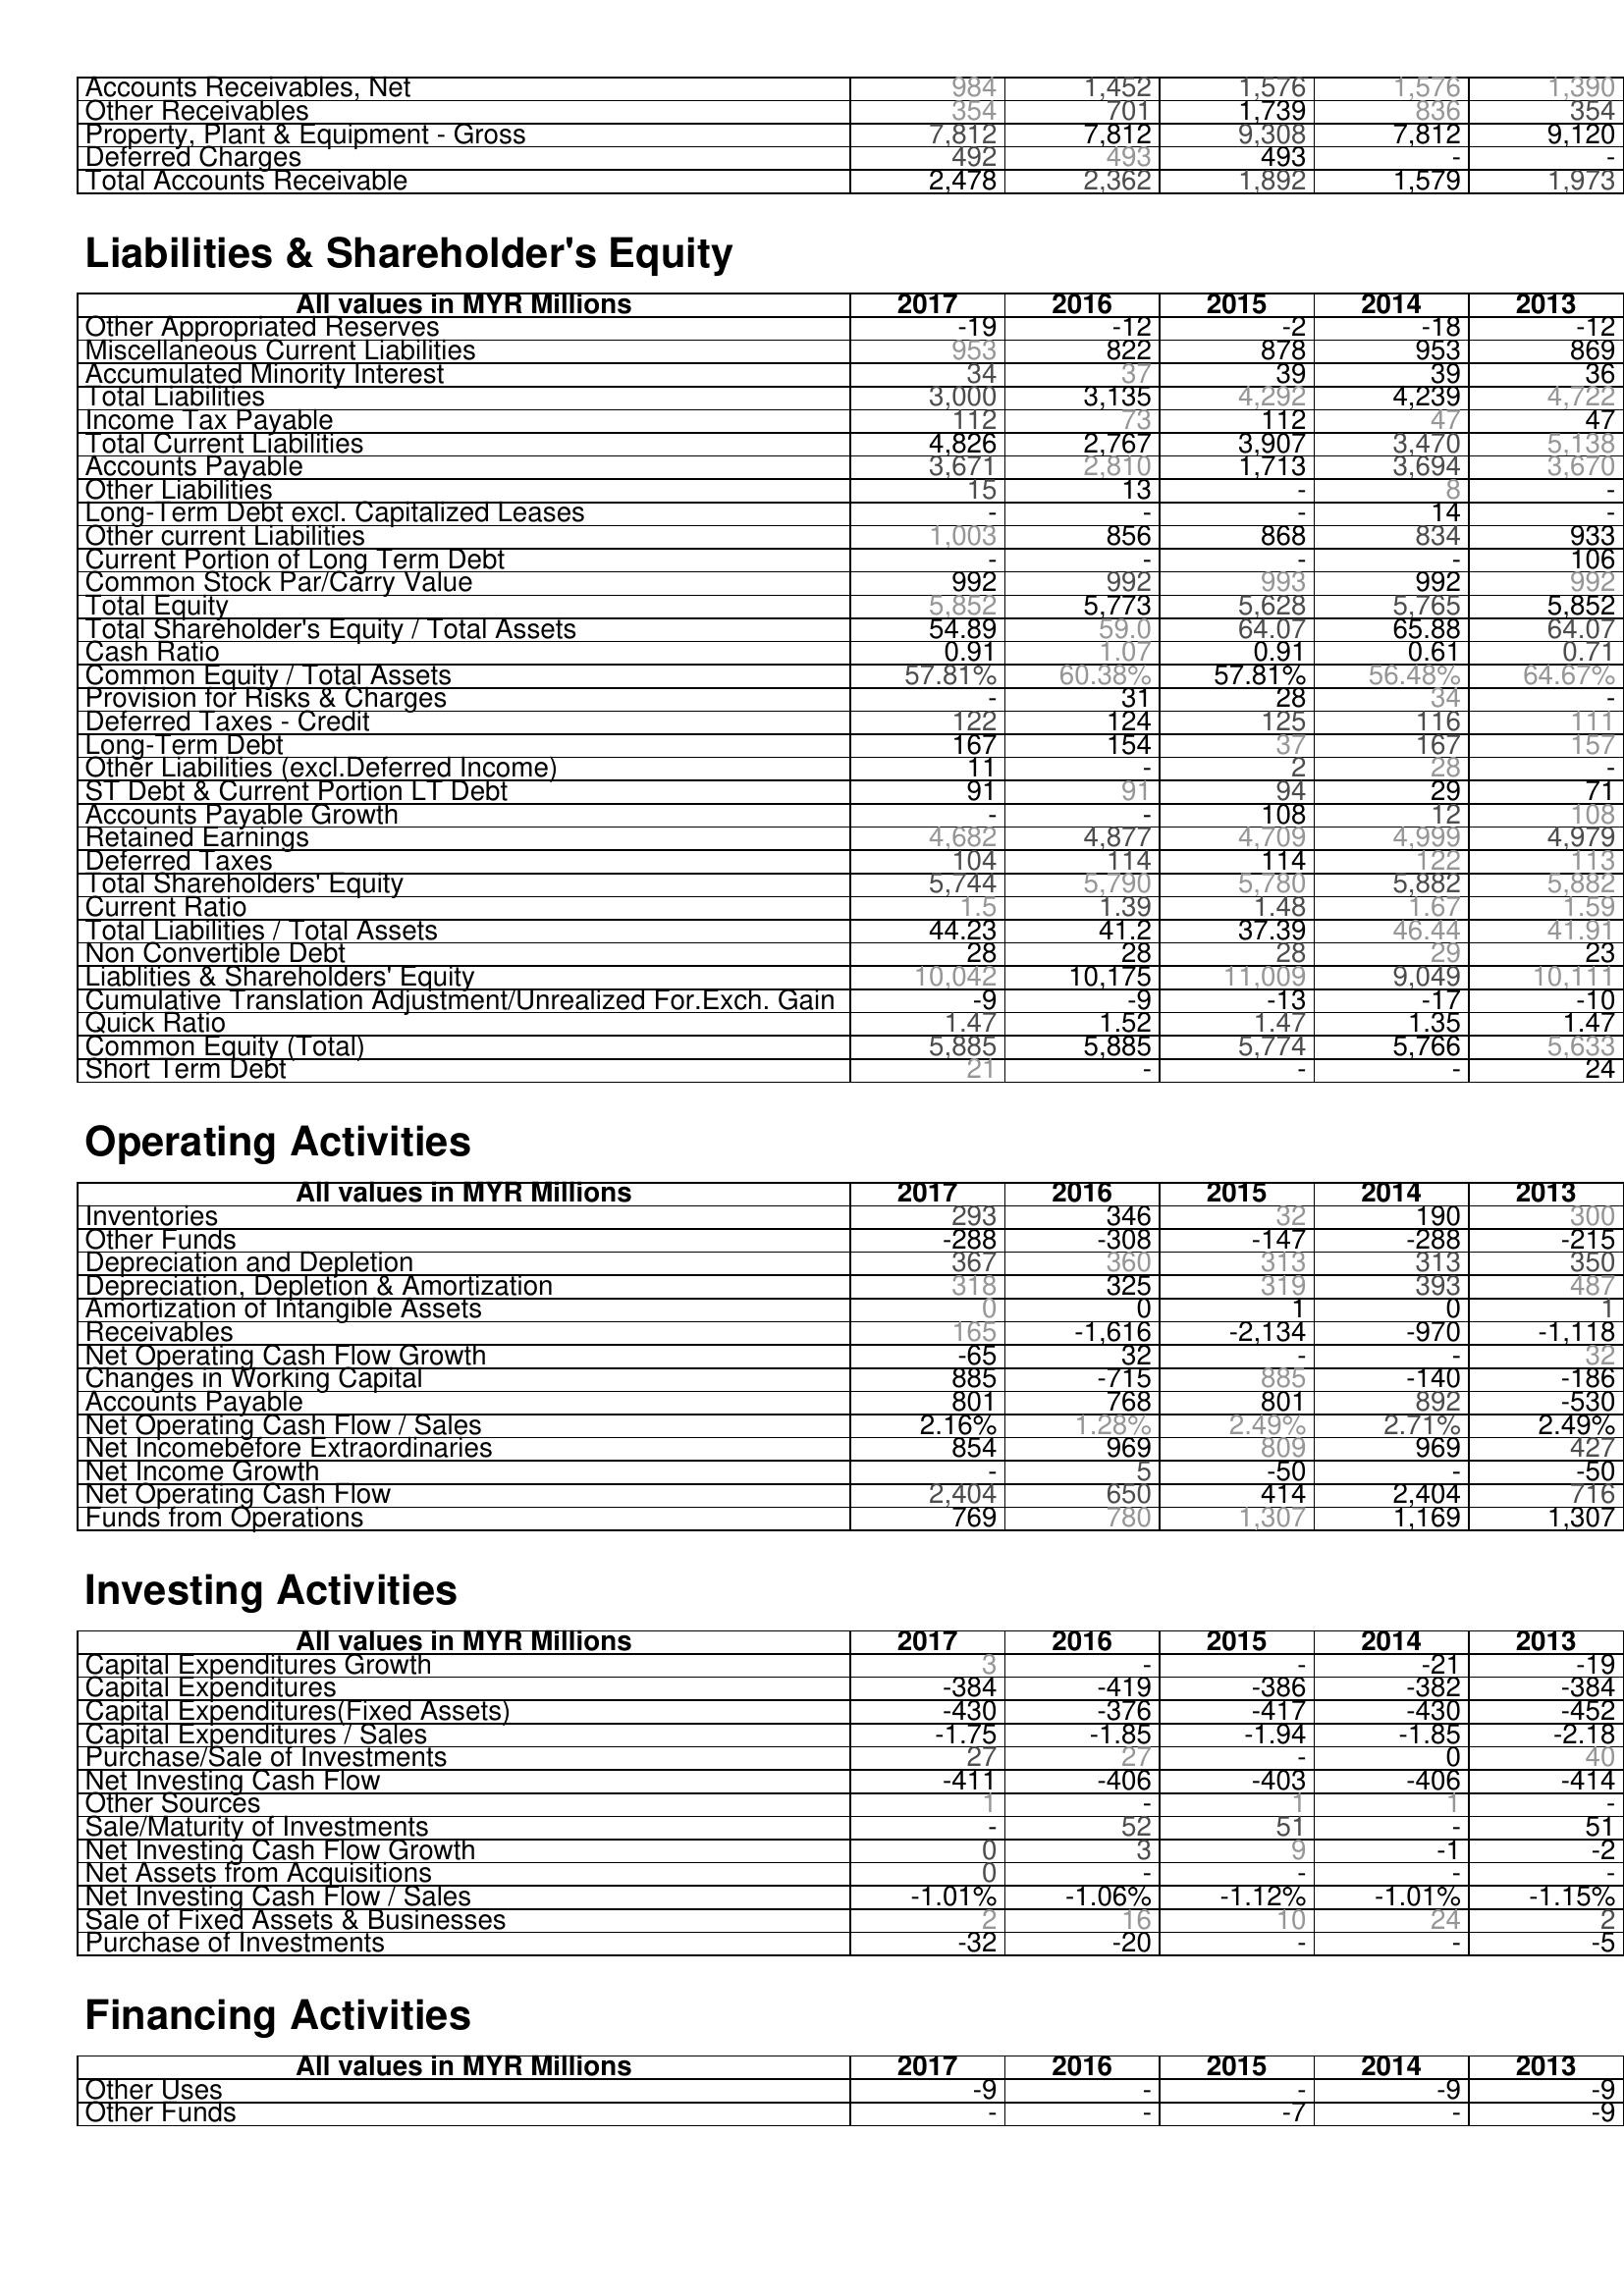
2017: Assets: Accounts Receivables, Net: 984
Other Receivables: 354
Property, Plant & Equipment - Gross : 7,812
Deferred Charges: 492
Total Accounts Receivable: 2,478
Liabilities & Shareholder's Equity: Other Appropriated Reserves: -19
Miscellaneous Current Liabilities: 953
Accumulated Minority Interest: 34
Total Liabilities: 3,000
Income Tax Payable: 112
Total Current Liabilities: 4,826
Accounts Payable: 3,671
Other Liabilities: 15
Long-Term Debt excl. Capitalized Leases: -
Other current Liabilities: 1,003
Current Portion of Long Term Debt: -
Common Stock Par/Carry Value: 992
Total Equity: 5,852
Total Shareholder's Equity / Total Assets: 54.89
Cash Ratio: 0.91
Common Equity / Total Assets: 57.81%
Provision for Risks & Charges: -
Deferred Taxes - Credit: 122
Long-Term Debt: 167
Other Liabilities (excl.Deferred Income): 11
ST Debt & Current Portion LT Debt: 91
Accounts Payable Growth: -
Retained Earnings: 4,682
Deferred Taxes: 104
Total Shareholders' Equity: 5,744
Current Ratio: 1.5
Total Liabilities / Total Assets: 44.23
Non Convertible Debt: 28
Liablities & Shareholders' Equity: 10,042
Cumulative Translation Adjustment/Unrealized For.Exch. Gain: -9
Quick Ratio: 1.47
Common Equity (Total): 5,885
Short Term Debt: 21
Operating Activities: Inventories: 293
Other Funds: -288
Depreciation and Depletion: 367
Depreciation, Depletion & Amortization: 318
Amortization of Intangible Assets: 0
Receivables: 165
Net Operating Cash Flow Growth: -65
Changes in Working Capital: 885
Accounts Payable: 801
Net Operating Cash Flow / Sales: 2.16%
Net Incomebefore Extraordinaries: 854
Net Income Growth: -
Net Operating Cash Flow: 2,404
Funds from Operations: 769
Investing Activities: Capital Expenditures Growth: 3
Capital Expenditures: -384
Capital Expenditures(Fixed Assets): -430
Capital Expenditures / Sales: -1.75
Purchase/Sale of Investments: 27
Net Investing Cash Flow: -411
Other Sources: 1
Sale/Maturity of Investments: -
Net Investing Cash Flow Growth: 0
Net Assets from Acquisitions: 0
Net Investing Cash Flow / Sales: -1.01%
Sale of Fixed Assets & Businesses: 2
Purchase of Investments: -32
Financing Activities: Other Uses: -9
Other Funds: -
2016: Assets: Accounts Receivables, Net: 1,452
Other Receivables: 701
Property, Plant & Equipment - Gross : 7,812
Deferred Charges: 493
Total Accounts Receivable: 2,362
Liabilities & Shareholder's Equity: Other Appropriated Reserves: -12
Miscellaneous Current Liabilities: 822
Accumulated Minority Interest: 37
Total Liabilities: 3,135
Income Tax Payable: 73
Total Current Liabilities: 2,767
Accounts Payable: 2,810
Other Liabilities: 13
Long-Term Debt excl. Capitalized Leases: -
Other current Liabilities: 856
Current Portion of Long Term Debt: -
Common Stock Par/Carry Value: 992
Total Equity: 5,773
Total Shareholder's Equity / Total Assets: 59.0
Cash Ratio: 1.07
Common Equity / Total Assets: 60.38%
Provision for Risks & Charges: 31
Deferred Taxes - Credit: 124
Long-Term Debt: 154
Other Liabilities (excl.Deferred Income): -
ST Debt & Current Portion LT Debt: 91
Accounts Payable Growth: -
Retained Earnings: 4,877
Deferred Taxes: 114
Total Shareholders' Equity: 5,790
Current Ratio: 1.39
Total Liabilities / Total Assets: 41.2
Non Convertible Debt: 28
Liablities & Shareholders' Equity: 10,175
Cumulative Translation Adjustment/Unrealized For.Exch. Gain: -9
Quick Ratio: 1.52
Common Equity (Total): 5,885
Short Term Debt: -
Operating Activities: Inventories: 346
Other Funds: -308
Depreciation and Depletion: 360
Depreciation, Depletion & Amortization: 325
Amortization of Intangible Assets: 0
Receivables: -1,616
Net Operating Cash Flow Growth: 32
Changes in Working Capital: -715
Accounts Payable: 768
Net Operating Cash Flow / Sales: 1.28%
Net Incomebefore Extraordinaries: 969
Net Income Growth: 5
Net Operating Cash Flow: 650
Funds from Operations: 780
Investing Activities: Capital Expenditures Growth: -
Capital Expenditures: -419
Capital Expenditures(Fixed Assets): -376
Capital Expenditures / Sales: -1.85
Purchase/Sale of Investments: 27
Net Investing Cash Flow: -406
Other Sources: -
Sale/Maturity of Investments: 52
Net Investing Cash Flow Growth: 3
Net Assets from Acquisitions: -
Net Investing Cash Flow / Sales: -1.06%
Sale of Fixed Assets & Businesses: 16
Purchase of Investments: -20
Financing Activities: Other Uses: -
Other Funds: -
2015: Assets: Accounts Receivables, Net: 1,576
Other Receivables: 1,739
Property, Plant & Equipment - Gross : 9,308
Deferred Charges: 493
Total Accounts Receivable: 1,892
Liabilities & Shareholder's Equity: Other Appropriated Reserves: -2
Miscellaneous Current Liabilities: 878
Accumulated Minority Interest: 39
Total Liabilities: 4,292
Income Tax Payable: 112
Total Current Liabilities: 3,907
Accounts Payable: 1,713
Other Liabilities: -
Long-Term Debt excl. Capitalized Leases: -
Other current Liabilities: 868
Current Portion of Long Term Debt: -
Common Stock Par/Carry Value: 993
Total Equity: 5,628
Total Shareholder's Equity / Total Assets: 64.07
Cash Ratio: 0.91
Common Equity / Total Assets: 57.81%
Provision for Risks & Charges: 28
Deferred Taxes - Credit: 125
Long-Term Debt: 37
Other Liabilities (excl.Deferred Income): 2
ST Debt & Current Portion LT Debt: 94
Accounts Payable Growth: 108
Retained Earnings: 4,709
Deferred Taxes: 114
Total Shareholders' Equity: 5,780
Current Ratio: 1.48
Total Liabilities / Total Assets: 37.39
Non Convertible Debt: 28
Liablities & Shareholders' Equity: 11,009
Cumulative Translation Adjustment/Unrealized For.Exch. Gain: -13
Quick Ratio: 1.47
Common Equity (Total): 5,774
Short Term Debt: -
Operating Activities: Inventories: 32
Other Funds: -147
Depreciation and Depletion: 313
Depreciation, Depletion & Amortization: 319
Amortization of Intangible Assets: 1
Receivables: -2,134
Net Operating Cash Flow Growth: -
Changes in Working Capital: 885
Accounts Payable: 801
Net Operating Cash Flow / Sales: 2.49%
Net Incomebefore Extraordinaries: 809
Net Income Growth: -50
Net Operating Cash Flow: 414
Funds from Operations: 1,307
Investing Activities: Capital Expenditures Growth: -
Capital Expenditures: -386
Capital Expenditures(Fixed Assets): -417
Capital Expenditures / Sales: -1.94
Purchase/Sale of Investments: -
Net Investing Cash Flow: -403
Other Sources: 1
Sale/Maturity of Investments: 51
Net Investing Cash Flow Growth: 9
Net Assets from Acquisitions: -
Net Investing Cash Flow / Sales: -1.12%
Sale of Fixed Assets & Businesses: 10
Purchase of Investments: -
Financing Activities: Other Uses: -
Other Funds: -7
2014: Assets: Accounts Receivables, Net: 1,576
Other Receivables: 836
Property, Plant & Equipment - Gross : 7,812
Deferred Charges: -
Total Accounts Receivable: 1,579
Liabilities & Shareholder's Equity: Other Appropriated Reserves: -18
Miscellaneous Current Liabilities: 953
Accumulated Minority Interest: 39
Total Liabilities: 4,239
Income Tax Payable: 47
Total Current Liabilities: 3,470
Accounts Payable: 3,694
Other Liabilities: 8
Long-Term Debt excl. Capitalized Leases: 14
Other current Liabilities: 834
Current Portion of Long Term Debt: -
Common Stock Par/Carry Value: 992
Total Equity: 5,765
Total Shareholder's Equity / Total Assets: 65.88
Cash Ratio: 0.61
Common Equity / Total Assets: 56.48%
Provision for Risks & Charges: 34
Deferred Taxes - Credit: 116
Long-Term Debt: 167
Other Liabilities (excl.Deferred Income): 28
ST Debt & Current Portion LT Debt: 29
Accounts Payable Growth: 12
Retained Earnings: 4,999
Deferred Taxes: 122
Total Shareholders' Equity: 5,882
Current Ratio: 1.67
Total Liabilities / Total Assets: 46.44
Non Convertible Debt: 29
Liablities & Shareholders' Equity: 9,049
Cumulative Translation Adjustment/Unrealized For.Exch. Gain: -17
Quick Ratio: 1.35
Common Equity (Total): 5,766
Short Term Debt: -
Operating Activities: Inventories: 190
Other Funds: -288
Depreciation and Depletion: 313
Depreciation, Depletion & Amortization: 393
Amortization of Intangible Assets: 0
Receivables: -970
Net Operating Cash Flow Growth: -
Changes in Working Capital: -140
Accounts Payable: 892
Net Operating Cash Flow / Sales: 2.71%
Net Incomebefore Extraordinaries: 969
Net Income Growth: -
Net Operating Cash Flow: 2,404
Funds from Operations: 1,169
Investing Activities: Capital Expenditures Growth: -21
Capital Expenditures: -382
Capital Expenditures(Fixed Assets): -430
Capital Expenditures / Sales: -1.85
Purchase/Sale of Investments: 0
Net Investing Cash Flow: -406
Other Sources: 1
Sale/Maturity of Investments: -
Net Investing Cash Flow Growth: -1
Net Assets from Acquisitions: -
Net Investing Cash Flow / Sales: -1.01%
Sale of Fixed Assets & Businesses: 24
Purchase of Investments: -
Financing Activities: Other Uses: -9
Other Funds: -
2013: Assets: Accounts Receivables, Net: 1,390
Other Receivables: 354
Property, Plant & Equipment - Gross : 9,120
Deferred Charges: -
Total Accounts Receivable: 1,973
Liabilities & Shareholder's Equity: Other Appropriated Reserves: -12
Miscellaneous Current Liabilities: 869
Accumulated Minority Interest: 36
Total Liabilities: 4,722
Income Tax Payable: 47
Total Current Liabilities: 5,138
Accounts Payable: 3,670
Other Liabilities: -
Long-Term Debt excl. Capitalized Leases: -
Other current Liabilities: 933
Current Portion of Long Term Debt: 106
Common Stock Par/Carry Value: 992
Total Equity: 5,852
Total Shareholder's Equity / Total Assets: 64.07
Cash Ratio: 0.71
Common Equity / Total Assets: 64.67%
Provision for Risks & Charges: -
Deferred Taxes - Credit: 111
Long-Term Debt: 157
Other Liabilities (excl.Deferred Income): -
ST Debt & Current Portion LT Debt: 71
Accounts Payable Growth: 108
Retained Earnings: 4,979
Deferred Taxes: 113
Total Shareholders' Equity: 5,882
Current Ratio: 1.59
Total Liabilities / Total Assets: 41.91
Non Convertible Debt: 23
Liablities & Shareholders' Equity: 10,111
Cumulative Translation Adjustment/Unrealized For.Exch. Gain: -10
Quick Ratio: 1.47
Common Equity (Total): 5,633
Short Term Debt: 24
Operating Activities: Inventories: 300
Other Funds: -215
Depreciation and Depletion: 350
Depreciation, Depletion & Amortization: 487
Amortization of Intangible Assets: 1
Receivables: -1,118
Net Operating Cash Flow Growth: 32
Changes in Working Capital: -186
Accounts Payable: -530
Net Operating Cash Flow / Sales: 2.49%
Net Incomebefore Extraordinaries: 427
Net Income Growth: -50
Net Operating Cash Flow: 716
Funds from Operations: 1,307
Investing Activities: Capital Expenditures Growth: -19
Capital Expenditures: -384
Capital Expenditures(Fixed Assets): -452
Capital Expenditures / Sales: -2.18
Purchase/Sale of Investments: 40
Net Investing Cash Flow: -414
Other Sources: -
Sale/Maturity of Investments: 51
Net Investing Cash Flow Growth: -2
Net Assets from Acquisitions: -
Net Investing Cash Flow / Sales: -1.15%
Sale of Fixed Assets & Businesses: 2
Purchase of Investments: -5
Financing Activities: Other Uses: -9
Other Funds: -9